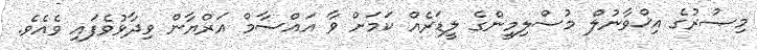
މިޞުރުގެ އިޚްވާނުލް މުސްލިމީންގެ ލީޑަރެއް ކަމަށް ވާ އައްސާމް އަރްޔާން ވިދާޅުވެފައި ވެއެވެ.